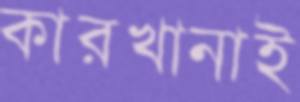
কারখানাই